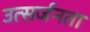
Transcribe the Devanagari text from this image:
उत्सर्जनता